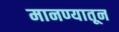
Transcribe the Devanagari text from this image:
मानण्यातून